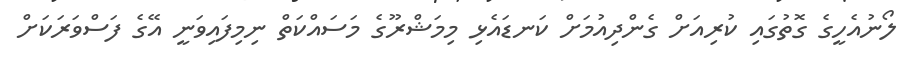
ލޯނުއެހީގެ ގޮތުގައި ކުރިއަށް ގެންދިއުމަށް ކަނޑައެޅި މިމަޝްރޫގެ މަސައްކަތް ނިމިފައިވަނީ އޭގެ ފަސްވަރަކަށް